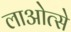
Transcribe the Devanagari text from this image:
लाओत्से